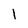
Character: l